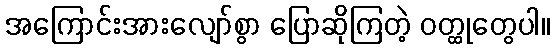
အကြောင်းအားလျော်စွာ ပြောဆိုကြတဲ့ ဝတ္ထုတွေပါ။